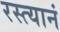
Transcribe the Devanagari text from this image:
रस्त्यानं